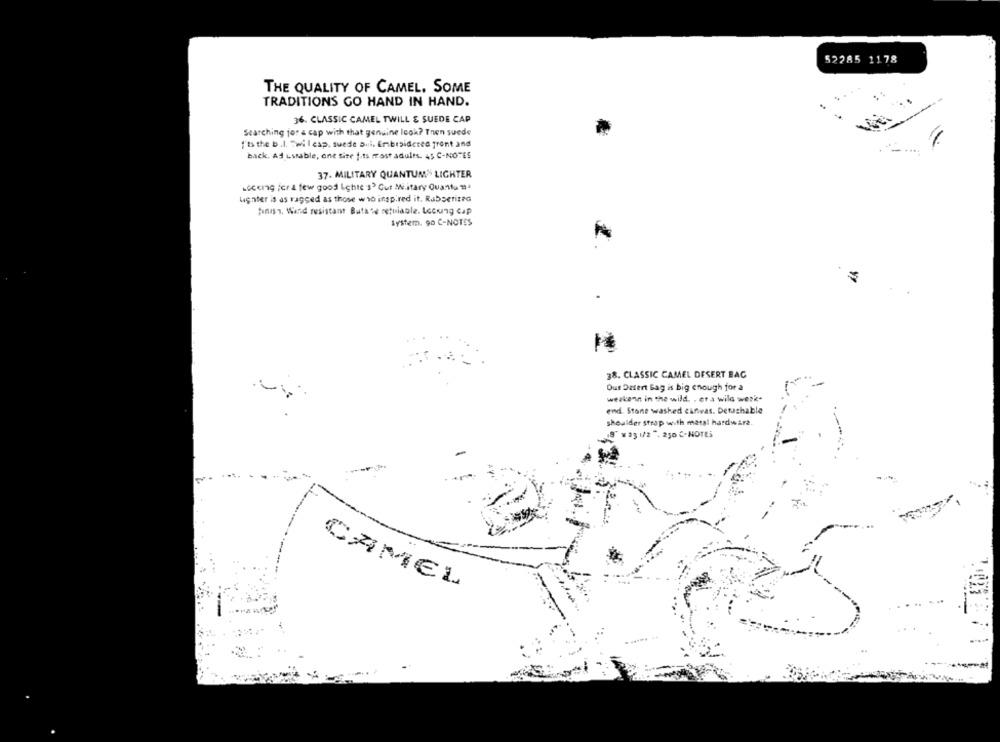
52285 1178
THE QUALITY OF CAMEL. SOME
TRADITIONS GO HAND IN HAND.
36. CLASSIC CAMEL TWILL & SUEDE CAP
Searching for a cap with that genuine Icok? Then suede
"'ts the b.l. "wil cap, suede Dul, Embroidered front and
back. Ad Lssable, one site f.ts mrast adults. 45 C-NOTES
37- MILITARY QUANTUM" LIGHTER
Looking for a few good Lighte s' Cur Military Quanta "
ugnter is as ragged as those who inspired it. Rubberized
finish. Wand resistant Butate setuiaale. Locking cap
System. 90 C-NOTES
38. CLASSIC CAMEL DESERT BAG
Ous Datert Bag is big enough for a
weakenn in the wild. . er a wild weak-
end. Stone washed canvas. Detachable
shoulder strap with metal hardware.
18" ¥ 23 1/2 7. 250 C-NOTES
CAMEL